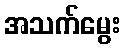
အသက်မွေး